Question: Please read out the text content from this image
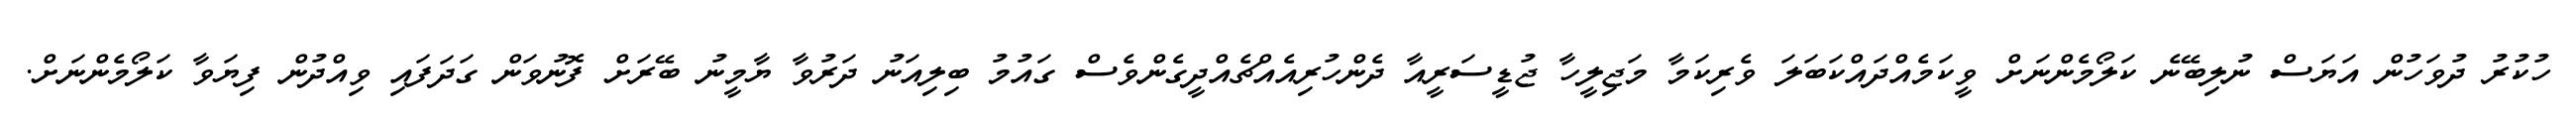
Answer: ހުކުރު ދުވަހުން އަޔަސް ނުލިބޭނެ ކަލޯމެންނަށް ވީކަމެއްދައްކަބަލަ ވެރިކަމާ މަޖިލީހާ ޖުޑީސަރީއާ ދެންހުރިއެއްޗެއްދީގެންވެސް ގައުމު ބިލިއަނު ދަރުވާ ޔާމީނު ބޭރަށް ފޮނުވަން ގަދަފައި ވިއްދުން ފިޔަވާ ކަލޯމެންނަށް.